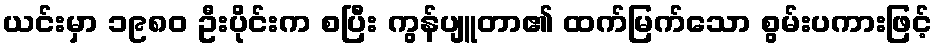
ယင်းမှာ ၁၉၈၀ ဦးပိုင်းက စပြီး ကွန်ပျူတာ၏ ထက်မြက်သော စွမ်းပကားဖြင့်